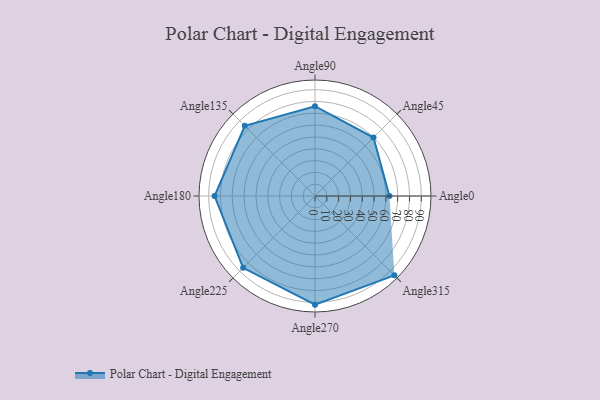
{"axis": {"x": "Angle", "y": "Radius"}, "legend": [""], "data": [{"x": "Angle0", "y": 63.0, "type": ""}, {"x": "Angle45", "y": 70.0, "type": ""}, {"x": "Angle90", "y": 76.0, "type": ""}, {"x": "Angle135", "y": 84.0, "type": ""}, {"x": "Angle180", "y": 85.0, "type": ""}, {"x": "Angle225", "y": 86.0, "type": ""}, {"x": "Angle270", "y": 92.0, "type": ""}, {"x": "Angle315", "y": 95.0, "type": ""}]}